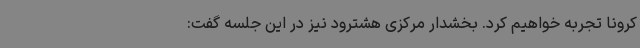
کرونا تجربه خواهیم کرد. بخشدار مرکزی هشترود نیز در این جلسه گفت: